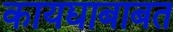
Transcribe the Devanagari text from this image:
कायद्याबाबत